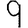
Digit: 9